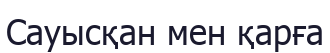
Сауысқан мен қарға